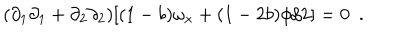
( \partial _ { 1 } \partial _ { 1 } + \partial _ { 2 } \partial _ { 2 } ) [ ( 1 - b ) \omega _ { x } + ( 1 - 2 b ) \phi / 2 ] = 0 ~ ~ .